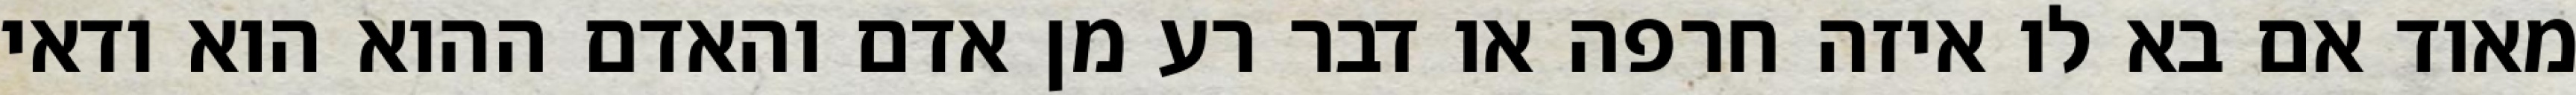
מאוד אם בא לו איזה חרפה או דבר רע מן אדם והאדם ההוא הוא ודאי